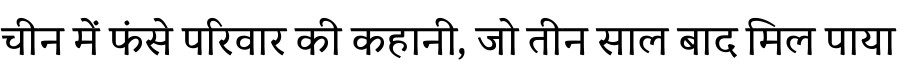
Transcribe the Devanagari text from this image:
चीन में फंसे परिवार की कहानी, जो तीन साल बाद मिल पाया